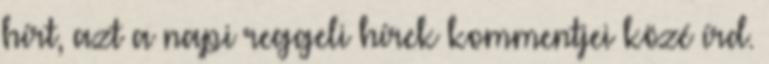
hírt, azt a napi reggeli hírek kommentjei közé írd.